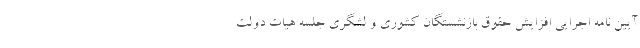
آیین نامه اجرایی افزایش حقوق بازنشستگان کشوری و لشگری جلسه هیات دولت